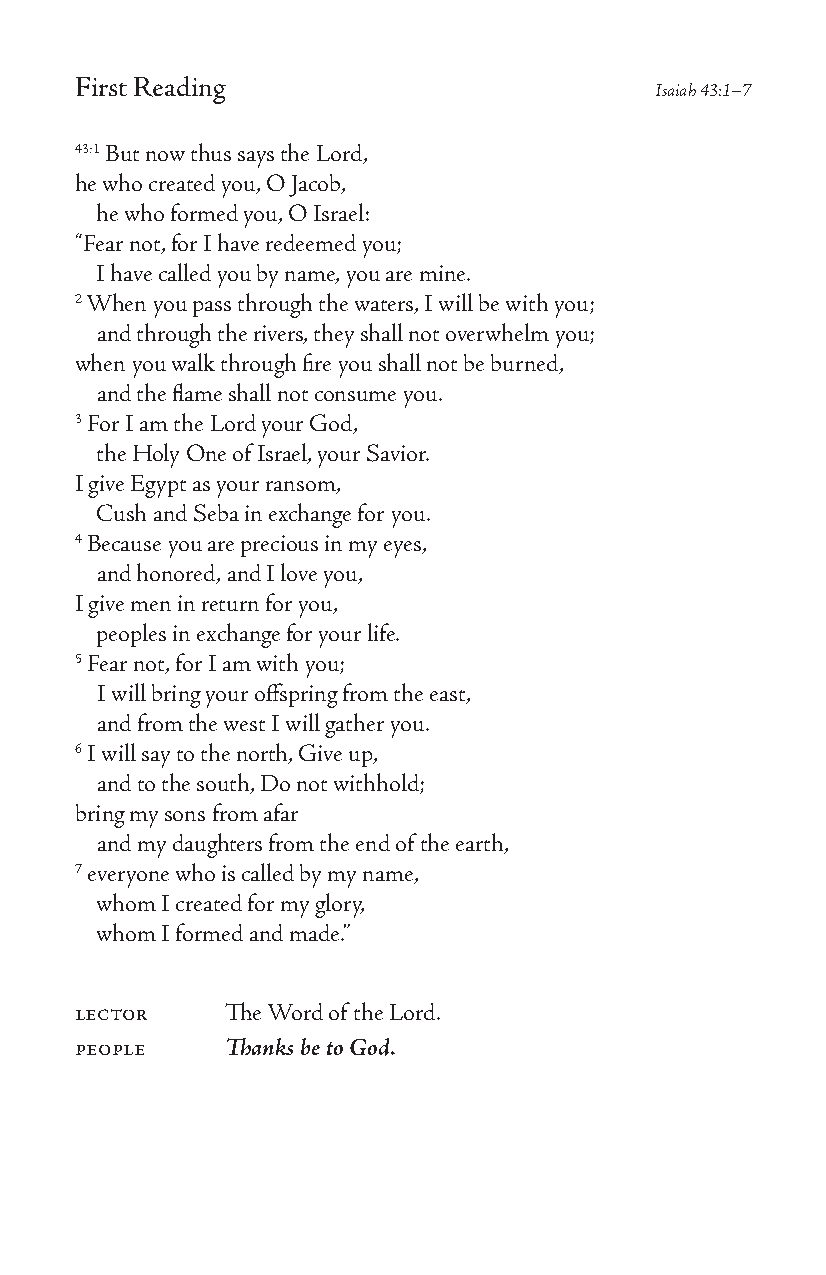
First Reading
 Isaiah 43:1–7
 43:1 But now thus says the Lord,
 he who created you, O Jacob,
 he who formed you, O Israel:
 “Fear not, for I have redeemed you;
 I have called you by name, you are mine.
 2 When you pass through the waters, I will be with you;
 and through the rivers, they shall not overwhelm you;
 when you walk through fire you shall not be burned,
 and the flame shall not consume you.
 3 For I am the Lord your God,
 the Holy One of Israel, your Savior.
 I give Egypt as your ransom,
 Cush and Seba in exchange for you.
 4 Because you are precious in my eyes,
 and honored, and I love you,
 I give men in return for you,
 peoples in exchange for your life.
 5 Fear not, for I am with you;
 I will bring your offspring from the east,
 and from the west I will gather you.
 6 I will say to the north, Give up,
 and to the south, Do not withhold;
 bring my sons from afar
 and my daughters from the end of the earth,
 7 everyone who is called by my name,
 whom I created for my glory,
 whom I formed and made.”
 lector    The Word of the Lord.
 people    Thanks be to God.